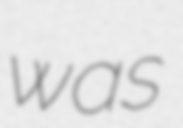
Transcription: was